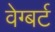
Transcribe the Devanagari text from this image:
वेग्बर्ट